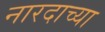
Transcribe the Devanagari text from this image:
नारदाच्या